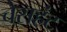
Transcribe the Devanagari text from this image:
चेसहंट